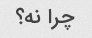
چرا نه؟